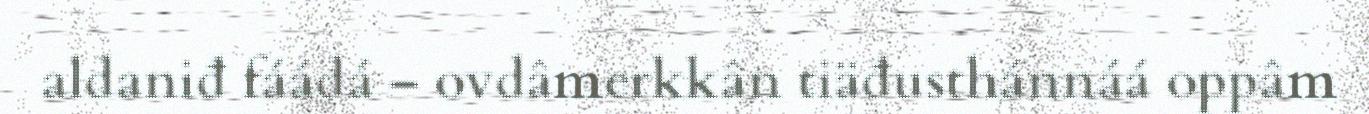
aldaniđ fáádá – ovdâmerkkân tiäđusthánnáá oppâm